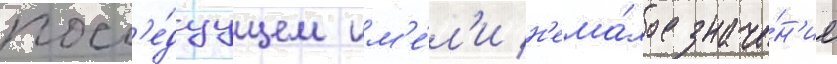
посл'е́дуущем им'е́л'и н'ема́лое значе́н'ие